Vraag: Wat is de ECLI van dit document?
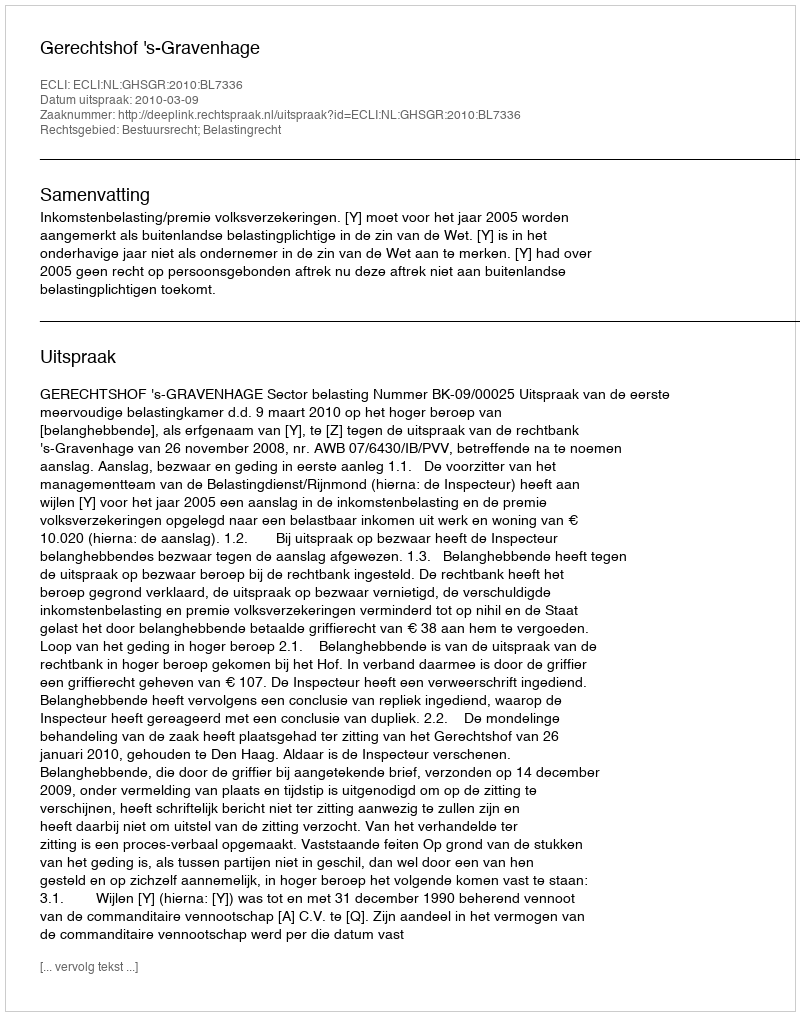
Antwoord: ECLI:NL:GHSGR:2010:BL7336